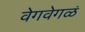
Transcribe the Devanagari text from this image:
वेगवेगळं